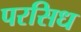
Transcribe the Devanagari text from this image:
परसिध